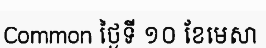
Common ថ្ងៃទី ១០ ខែមេសា